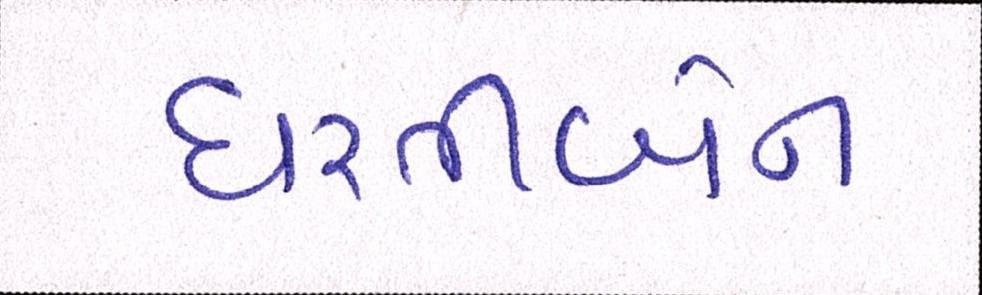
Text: ધરતીબેન